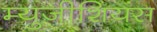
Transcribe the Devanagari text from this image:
म्युजीशियंस